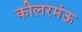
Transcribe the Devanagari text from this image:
कीलरमंऊ